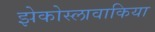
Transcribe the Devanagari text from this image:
झेकोस्लावाकिया